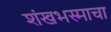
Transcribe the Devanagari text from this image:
शंखभस्माचा